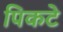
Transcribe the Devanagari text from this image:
पिकटे